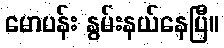
မောပန်း နွမ်းနယ်နေပြီ။